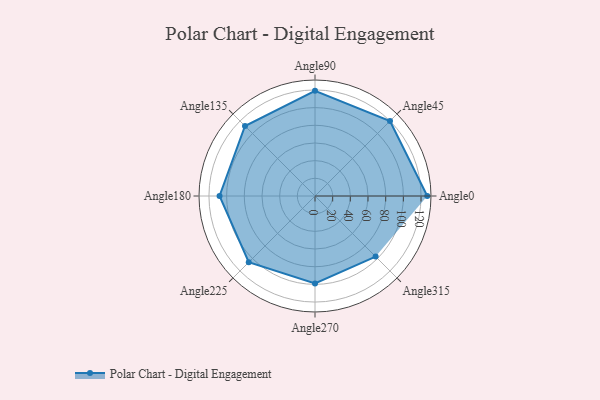
{"axis": {"x": "Angle", "y": "Radius"}, "legend": [""], "data": [{"x": "Angle0", "y": 127.0, "type": ""}, {"x": "Angle45", "y": 120.0, "type": ""}, {"x": "Angle90", "y": 119.0, "type": ""}, {"x": "Angle135", "y": 112.0, "type": ""}, {"x": "Angle180", "y": 108.0, "type": ""}, {"x": "Angle225", "y": 106.0, "type": ""}, {"x": "Angle270", "y": 99.0, "type": ""}, {"x": "Angle315", "y": 97.0, "type": ""}]}